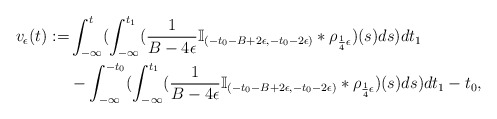
\begin{align*}v_\epsilon(t):=&\int_{-\infty}^{t}(\int_{-\infty}^{t_1}(\frac{1}{B-4\epsilon}\mathbb{I}_{(-t_0-B+2\epsilon,-t_0-2\epsilon)}*\rho_{\frac{1}{4}\epsilon})(s)ds)dt_1\\&-\int_{-\infty}^{-t_0}(\int_{-\infty}^{t_1}(\frac{1}{B-4\epsilon}\mathbb{I}_{(-t_0-B+2\epsilon,-t_0-2\epsilon)}*\rho_{\frac{1}{4}\epsilon})(s)ds)dt_1-t_0,\end{align*}